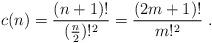
LaTeX: \begin{align*}c(n)=\frac{(n+1)!}{(\frac n 2)!^2} = \frac{(2m +1)! }{m!^2}\ .\end{align*}